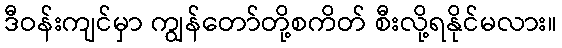
ဒီဝန်းကျင်မှာ ကျွန်တော်တို့စကိတ် စီးလို့ရနိုင်မလား။